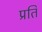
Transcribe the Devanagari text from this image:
प्रति